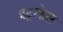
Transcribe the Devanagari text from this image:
इंट्राफेस